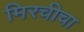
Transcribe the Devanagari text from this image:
मिरचीचा